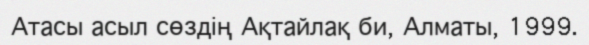
Атасы асыл сөздің Ақтайлақ би, Алматы, 1999.